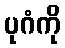
ပုဂံကို